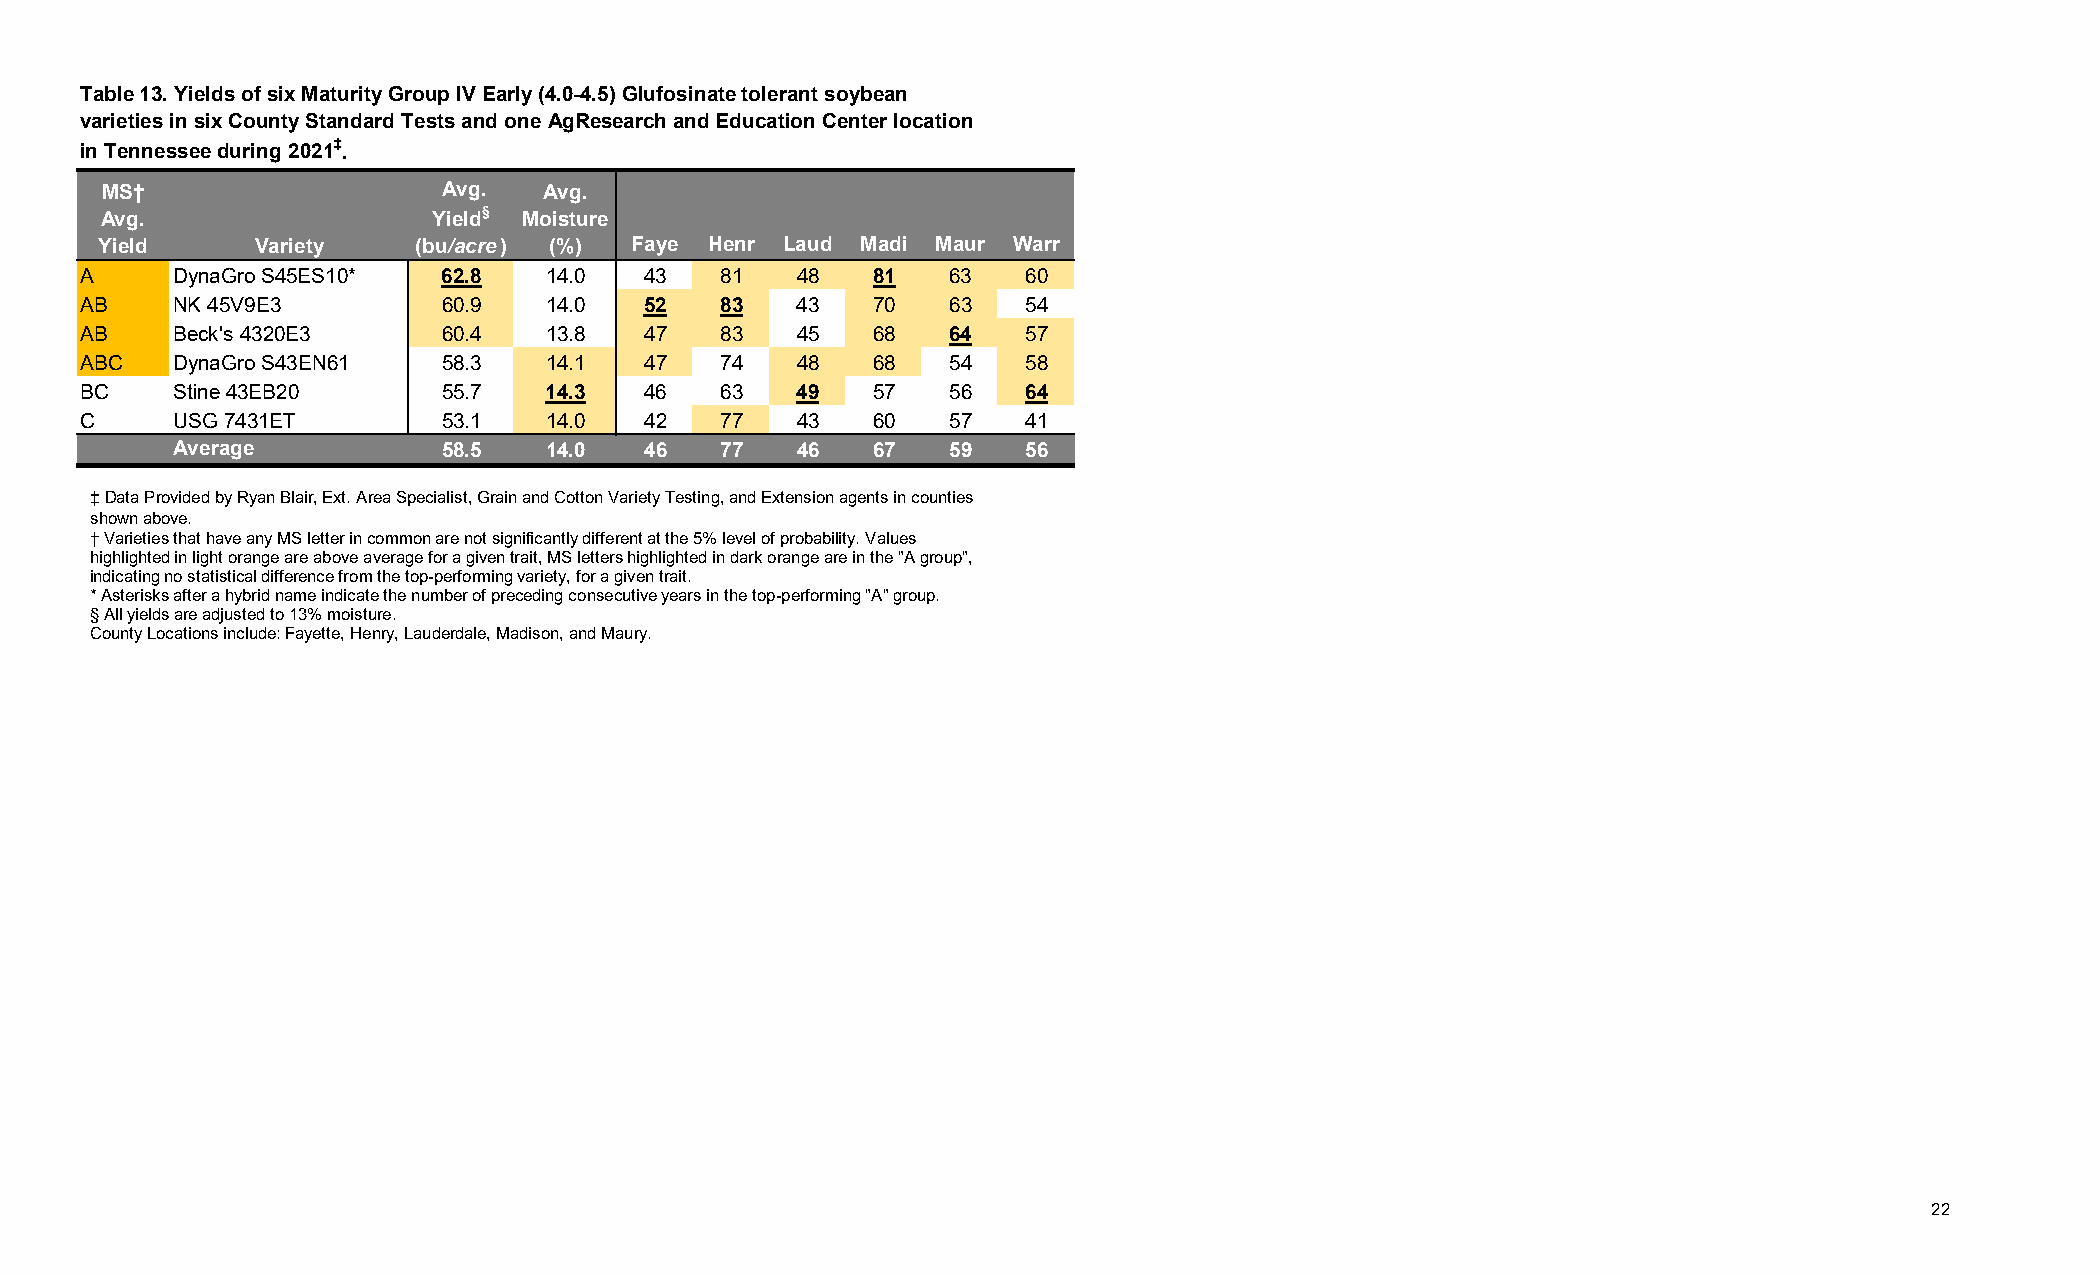
Table 13. Yields of six Maturity Group IV Early (4.0-4.5) Glufosinate tolerant soybean
 varieties in six County Standard Tests and one AgResearch and Education Center location
 in Tennessee during 2021‡.
 MS†                   Avg.   Avg.
 Avg.                  Yield§ Moisture
 Yield      Variety    (bu/acre) (%) Faye Henr Laud Madi Maur Warr
 A     DynaGro S45ES10*  62.8   14.0   43   81   48   81   63   60
 AB    NK 45V9E3         60.9   14.0   52   83   43   70   63   54
 AB    Beck's 4320E3     60.4   13.8   47   83   45   68   64   57
 ABC   DynaGro S43EN61   58.3   14.1   47   74   48   68   54   58
 BC    Stine 43EB20      55.7   14.3   46   63   49   57   56   64
 C     USG 7431ET        53.1   14.0   42   77   43   60   57   41
 Average           58.5   14.0   46   77   46   67   59   56
 ‡Data Provided by Ryan Blair, Ext. Area Specialist, Grain and Cotton Variety Testing, and Extension agents in counties
 shown above.
 † Varieties that have any MS letter in common are not significantly different at the 5% level of probability. Values
 highlighted in light orange are above average for a given trait, MS letters highlighted in dark orange are in the "A group",
 indicating no statistical difference from the top-performing variety, for a given trait.
 * Asterisks after a hybrid name indicate the number of preceding consecutive years in the top-performing "A" group.
 §All yields are adjusted to 13% moisture.
 County Locations include: Fayette, Henry, Lauderdale, Madison, andMaury.
 22